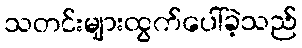
သတင်းများထွက်ပေါ်ခဲ့သည်